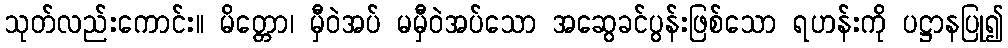
သုတ်လည်းကောင်း။ မိတ္တော၊ မှီဝဲအပ် မမှီဝဲအပ်သော အဆွေခင်ပွန်းဖြစ်သော ရဟန်းကို ပဋ္ဌာနပြု၍